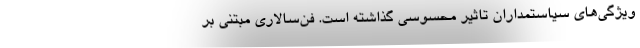
ویژگی‌های سیاستمداران تاثیر محسوسی گذاشته است. فن‌سالاری مبتنی بر